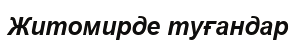
Житомирде туғандар